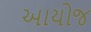
આયોજ